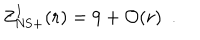
\mathrm { Z } _ { \mathrm { N S } + } ^ { I } ( r ) = 9 + { \cal O } ( r ) ~ ~ .